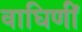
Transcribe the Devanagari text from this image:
वाघिणीं